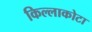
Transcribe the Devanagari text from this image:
किल्लाकोटा